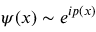
\psi ( x ) \sim e ^ { i p ( x ) }